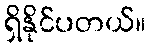
ရှိနိုင်ပတယ်။